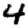
Digit: 4